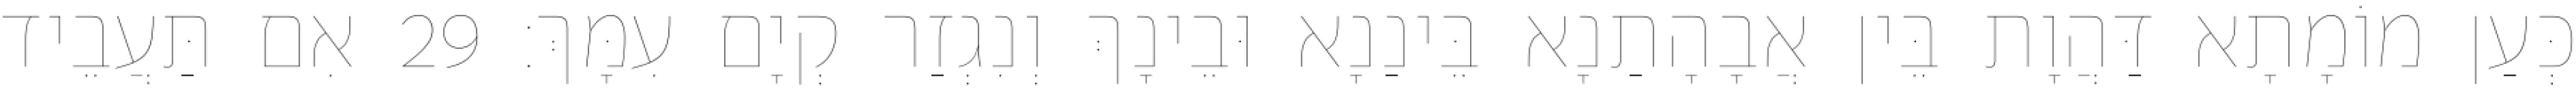
כְּעַן מוֹמָתָא דַּהֲוָת בֵּין אֲבָהָתַנָא בֵּינַנָא וּבֵינָךְ וְנִגְזַר קְיָם עִמָּךְ׃ 29 אִם תַּעֲבֵיד